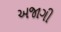
અજાગી